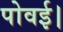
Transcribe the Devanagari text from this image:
पोवई।